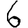
Digit: 6